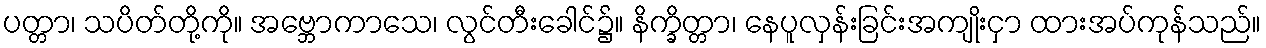
ပတ္တာ၊ သပိတ်တို့ကို။ အဗ္ဘောကာသေ၊ လွင်တီးခေါင်၌။ နိက္ခိတ္တာ၊ နေပူလှန်းခြင်းအကျိုးငှာ ထားအပ်ကုန်သည်။